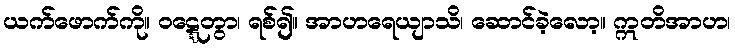
ယက်ဖောက်ကို။ ဝဋ္ဋေတွာ၊ ရစ်၍။ အာဟရေယျာသိ၊ ဆောင်ခဲ့လော့။ ဣတိအာဟ၊